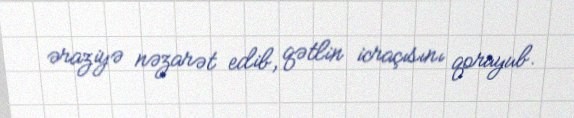
əraziyə nəzarət edib, qətlin icraçısını qoruyub.